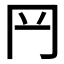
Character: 𦉰